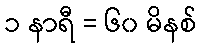
၁ နာရီ = ၆၀ မိနစ်